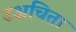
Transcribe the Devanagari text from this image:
उअचिता